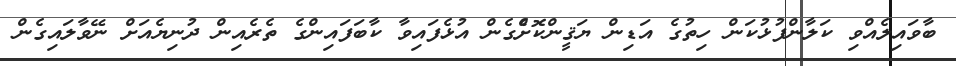
ބާވައިލެއްވި ކަލާންފުޅުކަން ހިތުގެ އަޑިން ޔަޤީންކޮށްެގެން އުޅެފައިވާ ކާބަފައިންގެ ތެރެއިން ދުނިޔެއަށް ނޭވާލައިގެން